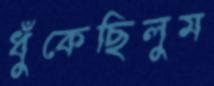
ধুঁকেছিলুম